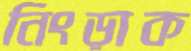
নিংড়াক